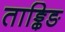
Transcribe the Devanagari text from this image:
ताङ्किङ